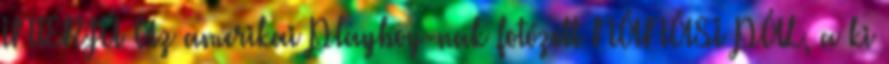
INTERJÚ Az amerikai Playboy-nak fotózott NÁNÁSI PÁL, a ki